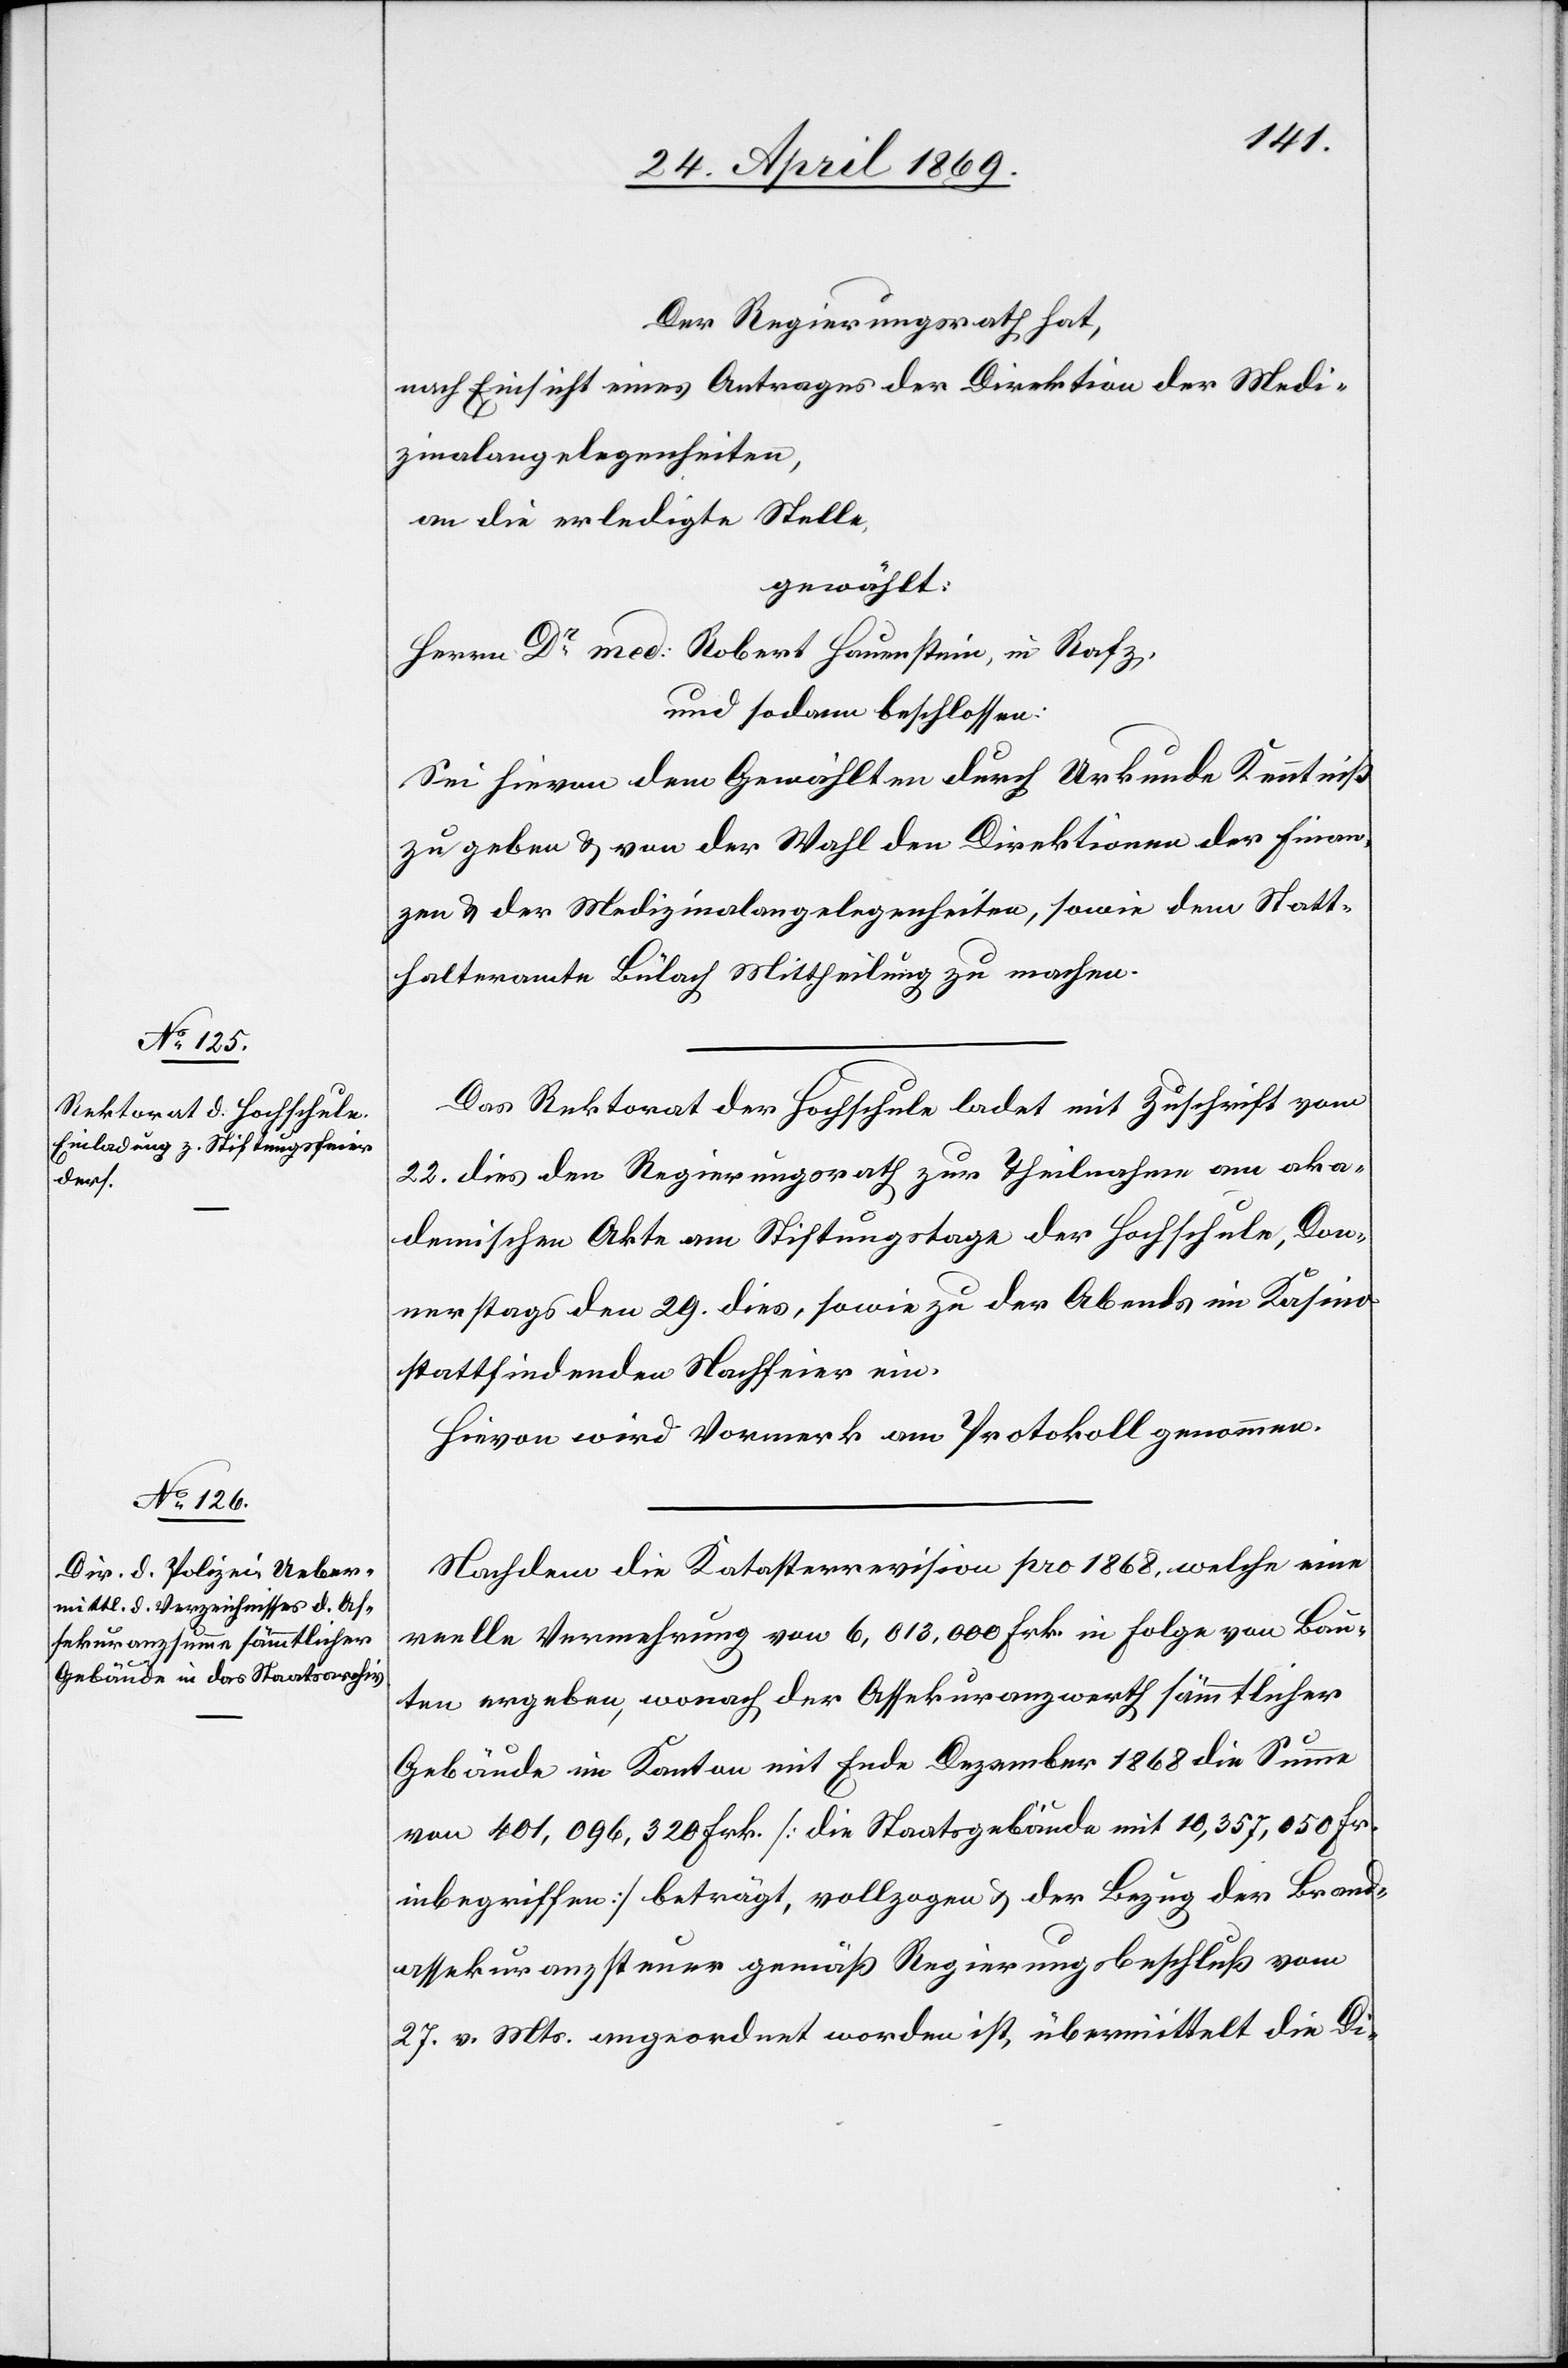
Der Regierungsrath hat,
nach Einsicht eines Antrages der Direktion der Medi¬
zinalangelegenheiten,
an die erledigte Stelle,
gewählt:
Herrn Dr med: Robert Hauenstein, in Rafz,
und sodann beschlossen:
Sei hievon dem Gewählten durch Urkunde Kenntniß
zu geben u. von der Wahl der Direktion der Finan¬
zen u. der Medizinalangelegenheiten, sowie dem Statt¬
halteramte Bülach Mittheilung zu machen.
Das Rektorat der Hochschule ladet mit Zuschrift vom
22. dies den Regierungsrath zur Theilnahme am aka¬
demischen Akte am Stiftungstage der Hochschule, Don¬
nerstags den 29. dies, sowie zu der Abends im Kasino
stattfindenden Nachfeier ein.
Hievon wird Vormerk am Protokoll genommen.
Nachdem die Katasterrevision pro 1868, welche eine
reele Vermehrung von 6,013,000 Frk in Folge von Bau¬
ten ergeben, wonach der Assekuranzwerth sämmtlicher
Gebäude im Kanton mit Ende Dezember 1868 die Summe
von 401,096,320 Frk. [die Staatsgebäude mit 10,357,050 Fr.
inbegriffen] beträgt, vollzogen u. der Bezug der Brand¬
assekuranzsteuer gemäß Regierungsbeschluß vom
27. v. Mts. angeordnet worden ist, übermittelt die Di-